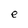
Character: e